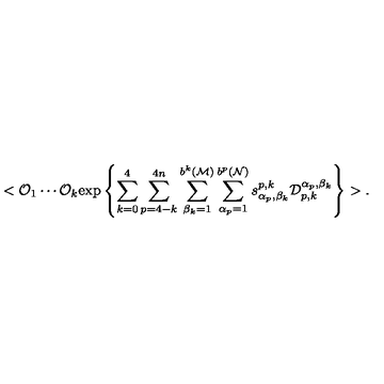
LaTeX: < { \cal O } _ { 1 } \cdots { \cal O } _ { k } \mathrm { e x p } \left\{ \sum _ { k = 0 } ^ { 4 } \sum _ { p = 4 - k } ^ { 4 n } \sum _ { \beta _ { k } = 1 } ^ { b ^ { k } ( { \cal M } ) } \sum _ { \alpha _ { p } = 1 } ^ { b ^ { p } ( { \cal N } ) } s _ { \alpha _ { p } , \beta _ { k } } ^ { p , k } { \cal D } _ { p , k } ^ { \alpha _ { p } , \beta _ { k } } \right\} > .